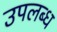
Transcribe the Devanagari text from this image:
उपलब्ध्‍ा